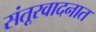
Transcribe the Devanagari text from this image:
संतूरवादनात